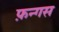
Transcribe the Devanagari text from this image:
फ़न्गस